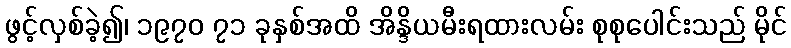
ဖွင့်လှစ်ခဲ့၍၊ ၁၉၇၀ ၇၁ ခုနှစ်အထိ အိန္ဒိယမီးရထားလမ်း စုစုပေါင်းသည် မိုင်